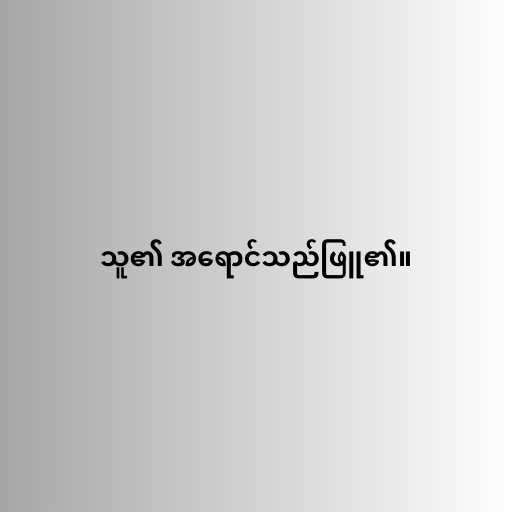
သူ၏ အရောင်သည်ဖြူ၏။